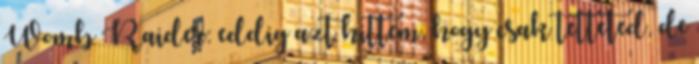
Womb Raider: eddig azt hittem, hogy csak tetteted, de